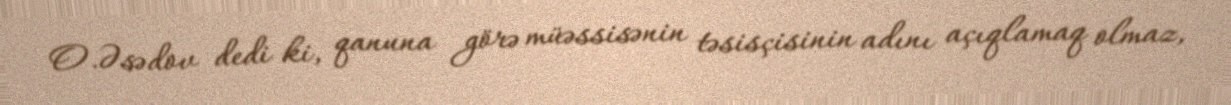
O.Əsədov dedi ki, qanuna görə müəssisənin təsisçisinin adını açıqlamaq olmaz,